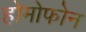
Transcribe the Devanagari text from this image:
होमोफोन